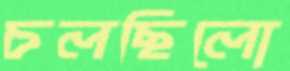
চলছিলো